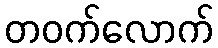
တဝက်လောက်